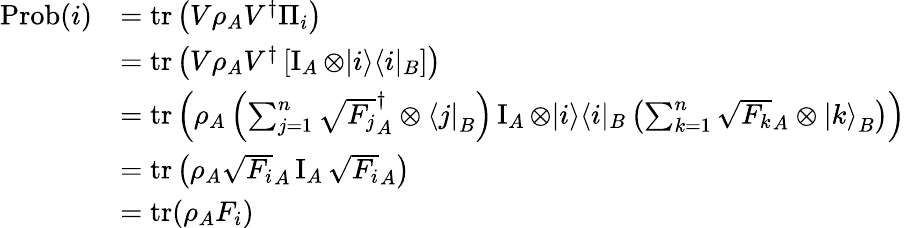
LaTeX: {\begin{array}{rl}{{\mathrm{Prob}}(i)}&{=\operatorname{tr}\left(V\rho_{A}V^{\dagger}\Pi_{i}\right)}\\ &{=\operatorname{tr}\left(V\rho_{A}V^{\dagger}\left[\operatorname{I}_{A}\otimes|i\rangle\langle i|_{B}\right]\right)}\\ &{=\operatorname{tr}\left(\rho_{A}\left(\sum_{j=1}^{n}{\sqrt{F_{j}}}_{A}^{\dagger}\otimes{\langle j|}_{B}\right)\operatorname{I}_{A}\otimes|i\rangle\langle i|_{B}\left(\sum_{k=1}^{n}{\sqrt{F_{k}}}_{A}\otimes{|k\rangle}_{B}\right)\right)}\\ &{=\operatorname{tr}\left(\rho_{A}{\sqrt{F_{i}}}_{A}\operatorname{I}_{A}{\sqrt{F_{i}}}_{A}\right)}\\ &{=\operatorname{tr}(\rho_{A}F_{i})}\end{array}}